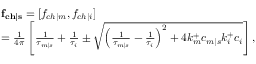
\begin{array} { r l } & { \mathbf { f _ { c h | s } } = [ f _ { c h | m } , f _ { c h | i } ] } \\ & { = \frac { 1 } { 4 \pi } \left[ \frac { 1 } { \tau _ { m | s } } + \frac { 1 } { \tau _ { i } } \pm \sqrt { \left( \frac { 1 } { \tau _ { m | s } } - \frac { 1 } { \tau _ { i } } \right) ^ { 2 } + 4 k _ { m } ^ { + } c _ { m | s } k _ { i } ^ { + } c _ { i } } \right] , } \end{array}